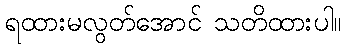
ရထားမလွတ်အောင် သတိထားပါ။